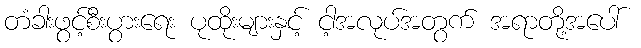
တံခါးဖွင့်စီးပွားရေး ပုထိုးများနှင့် ငါ့အလုပ်အတွက် အရာတို့အပေါ်